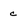
Character: c